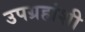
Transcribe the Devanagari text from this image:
उपग्रहांशी